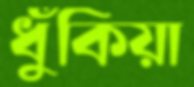
ধুঁকিয়া